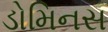
ડોમિનસ